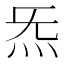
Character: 炁